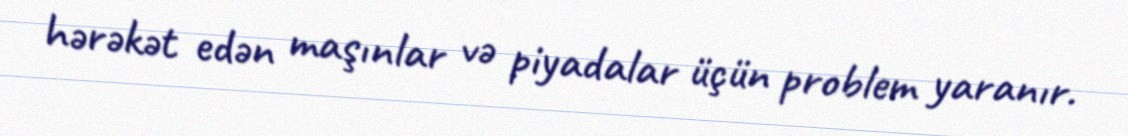
hərəkət edən maşınlar və piyadalar üçün problem yaranır.